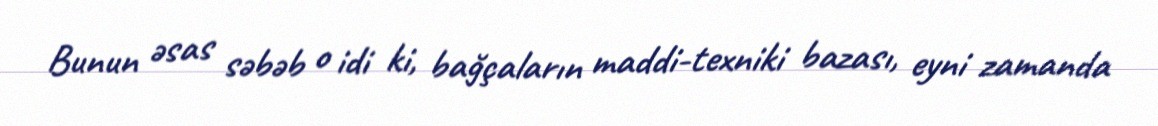
Bunun əsas səbəb o idi ki, bağçaların maddi-texniki bazası, eyni zamanda